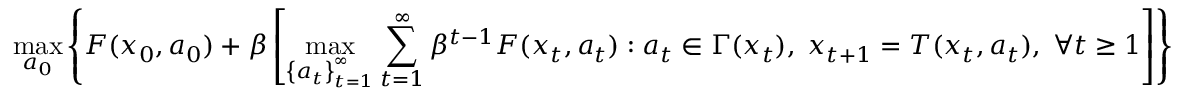
\operatorname* { m a x } _ { a _ { 0 } } \left\{ F ( x _ { 0 } , a _ { 0 } ) + \beta \left[ \operatorname* { m a x } _ { \left\{ a _ { t } \right\} _ { t = 1 } ^ { \infty } } \sum _ { t = 1 } ^ { \infty } \beta ^ { t - 1 } F ( x _ { t } , a _ { t } ) : a _ { t } \in \Gamma ( x _ { t } ) , \; x _ { t + 1 } = T ( x _ { t } , a _ { t } ) , \; \forall t \geq 1 \right] \right\}